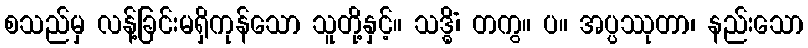
စသည်မှ လန့်ခြင်းမရှိကုန်သော သူတို့နှင့်။ သဒ္ဓိံ၊ တကွ။ ပ။ အပ္ပဿုတာ၊ နည်းသော